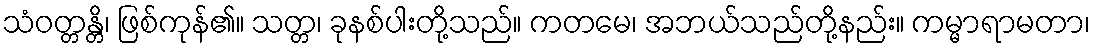
သံဝတ္တန္တိ၊ ဖြစ်ကုန်၏။ သတ္တ၊ ခုနစ်ပါးတို့သည်။ ကတမေ၊ အဘယ်သည်တို့နည်း။ ကမ္မာရာမတာ၊